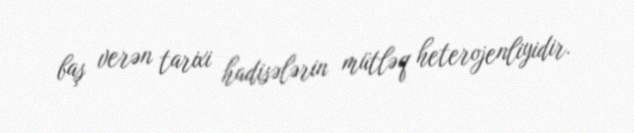
baş verən tarixi hadisələrin mütləq heterojenliyidir.